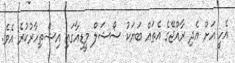
އެހީ އަށް އެދި ރާއްޖޭގެ އެތައް ބަޔަކު ސޯޝަލް މީޑިއާގައި އިޝްތިހާރުކުރެ އެވެ.